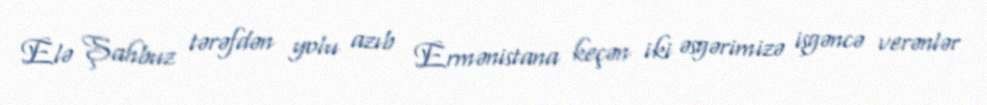
Elə Şahbuz tərəfdən yolu azıb Ermənistana keçən iki əsgərimizə işgəncə verənlər